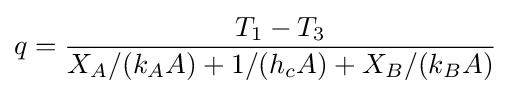
q={\frac {T_{1}-T_{3}}{X_{A}/(k_{A}A)+1/(h_{c}A)+X_{B}/(k_{B}A)}}